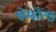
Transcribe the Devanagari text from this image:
चेम्बोल्ड